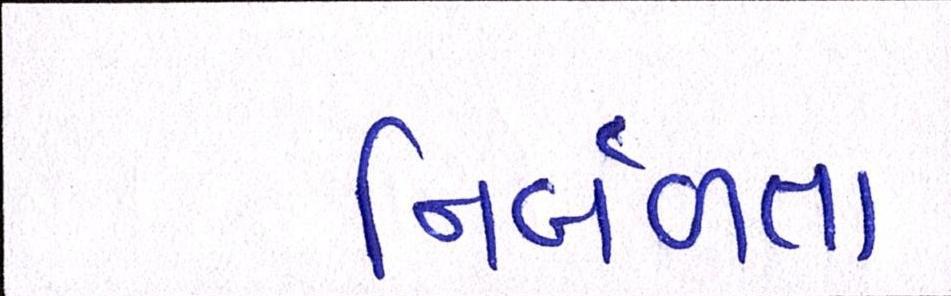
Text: નિર્બળતા